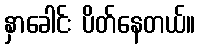
နှာခေါင်း ပိတ်နေတယ်။